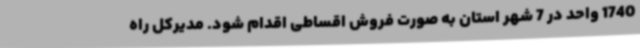
1740 واحد در 7 شهر استان به صورت فروش اقساطی اقدام شود. مدیرکل راه